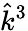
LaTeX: \hat{k}^{3}